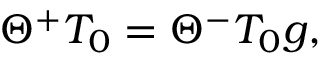
\Theta ^ { + } T _ { 0 } = \Theta ^ { - } T _ { 0 } g ,